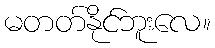
မတတ်နိုင်ဘူးလေ။